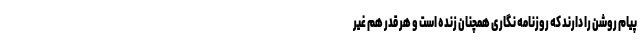
پیام روشن را دارند که روزنامه‌ نگاری همچنان زنده است و هر قدر هم غیر